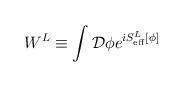
LaTeX: \begin{align*}W^L\equiv \int {\cal D}\phi e^{iS^L_{\rm eff}[\phi]}\end{align*}